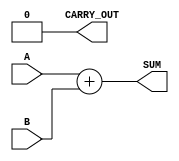
module ParameterizedAdder #(
    parameter WIDTH = 8  // Default bit-width is set to 8
)(
    input  [WIDTH-1:0] A,      // Input A
    input  [WIDTH-1:0] B,      // Input B
    output [WIDTH-1:0] SUM,     // Output SUM
    output CARRY_OUT            // Carry out (optional)
);

    // Behavioral description of the adder
    assign SUM = A + B;         // Sum of A and B
    assign CARRY_OUT = (A + B) >> WIDTH; // Carry out (if needed)

endmodule